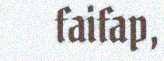
faifap,